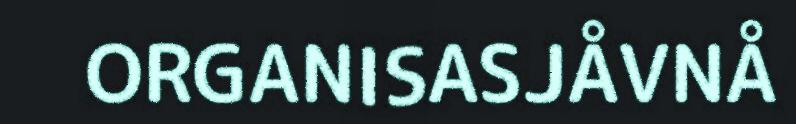
ORGANISASJÅVNÅ